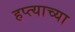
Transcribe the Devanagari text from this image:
हप्‍त्याच्या